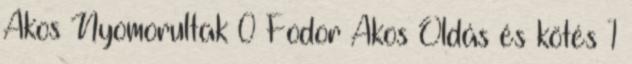
Ákos Nyomorultak 0 Fodor Ákos Oldás és kötés 1